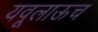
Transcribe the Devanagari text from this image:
यवूलाऊच